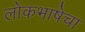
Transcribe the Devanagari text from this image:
लोकभाषेचा